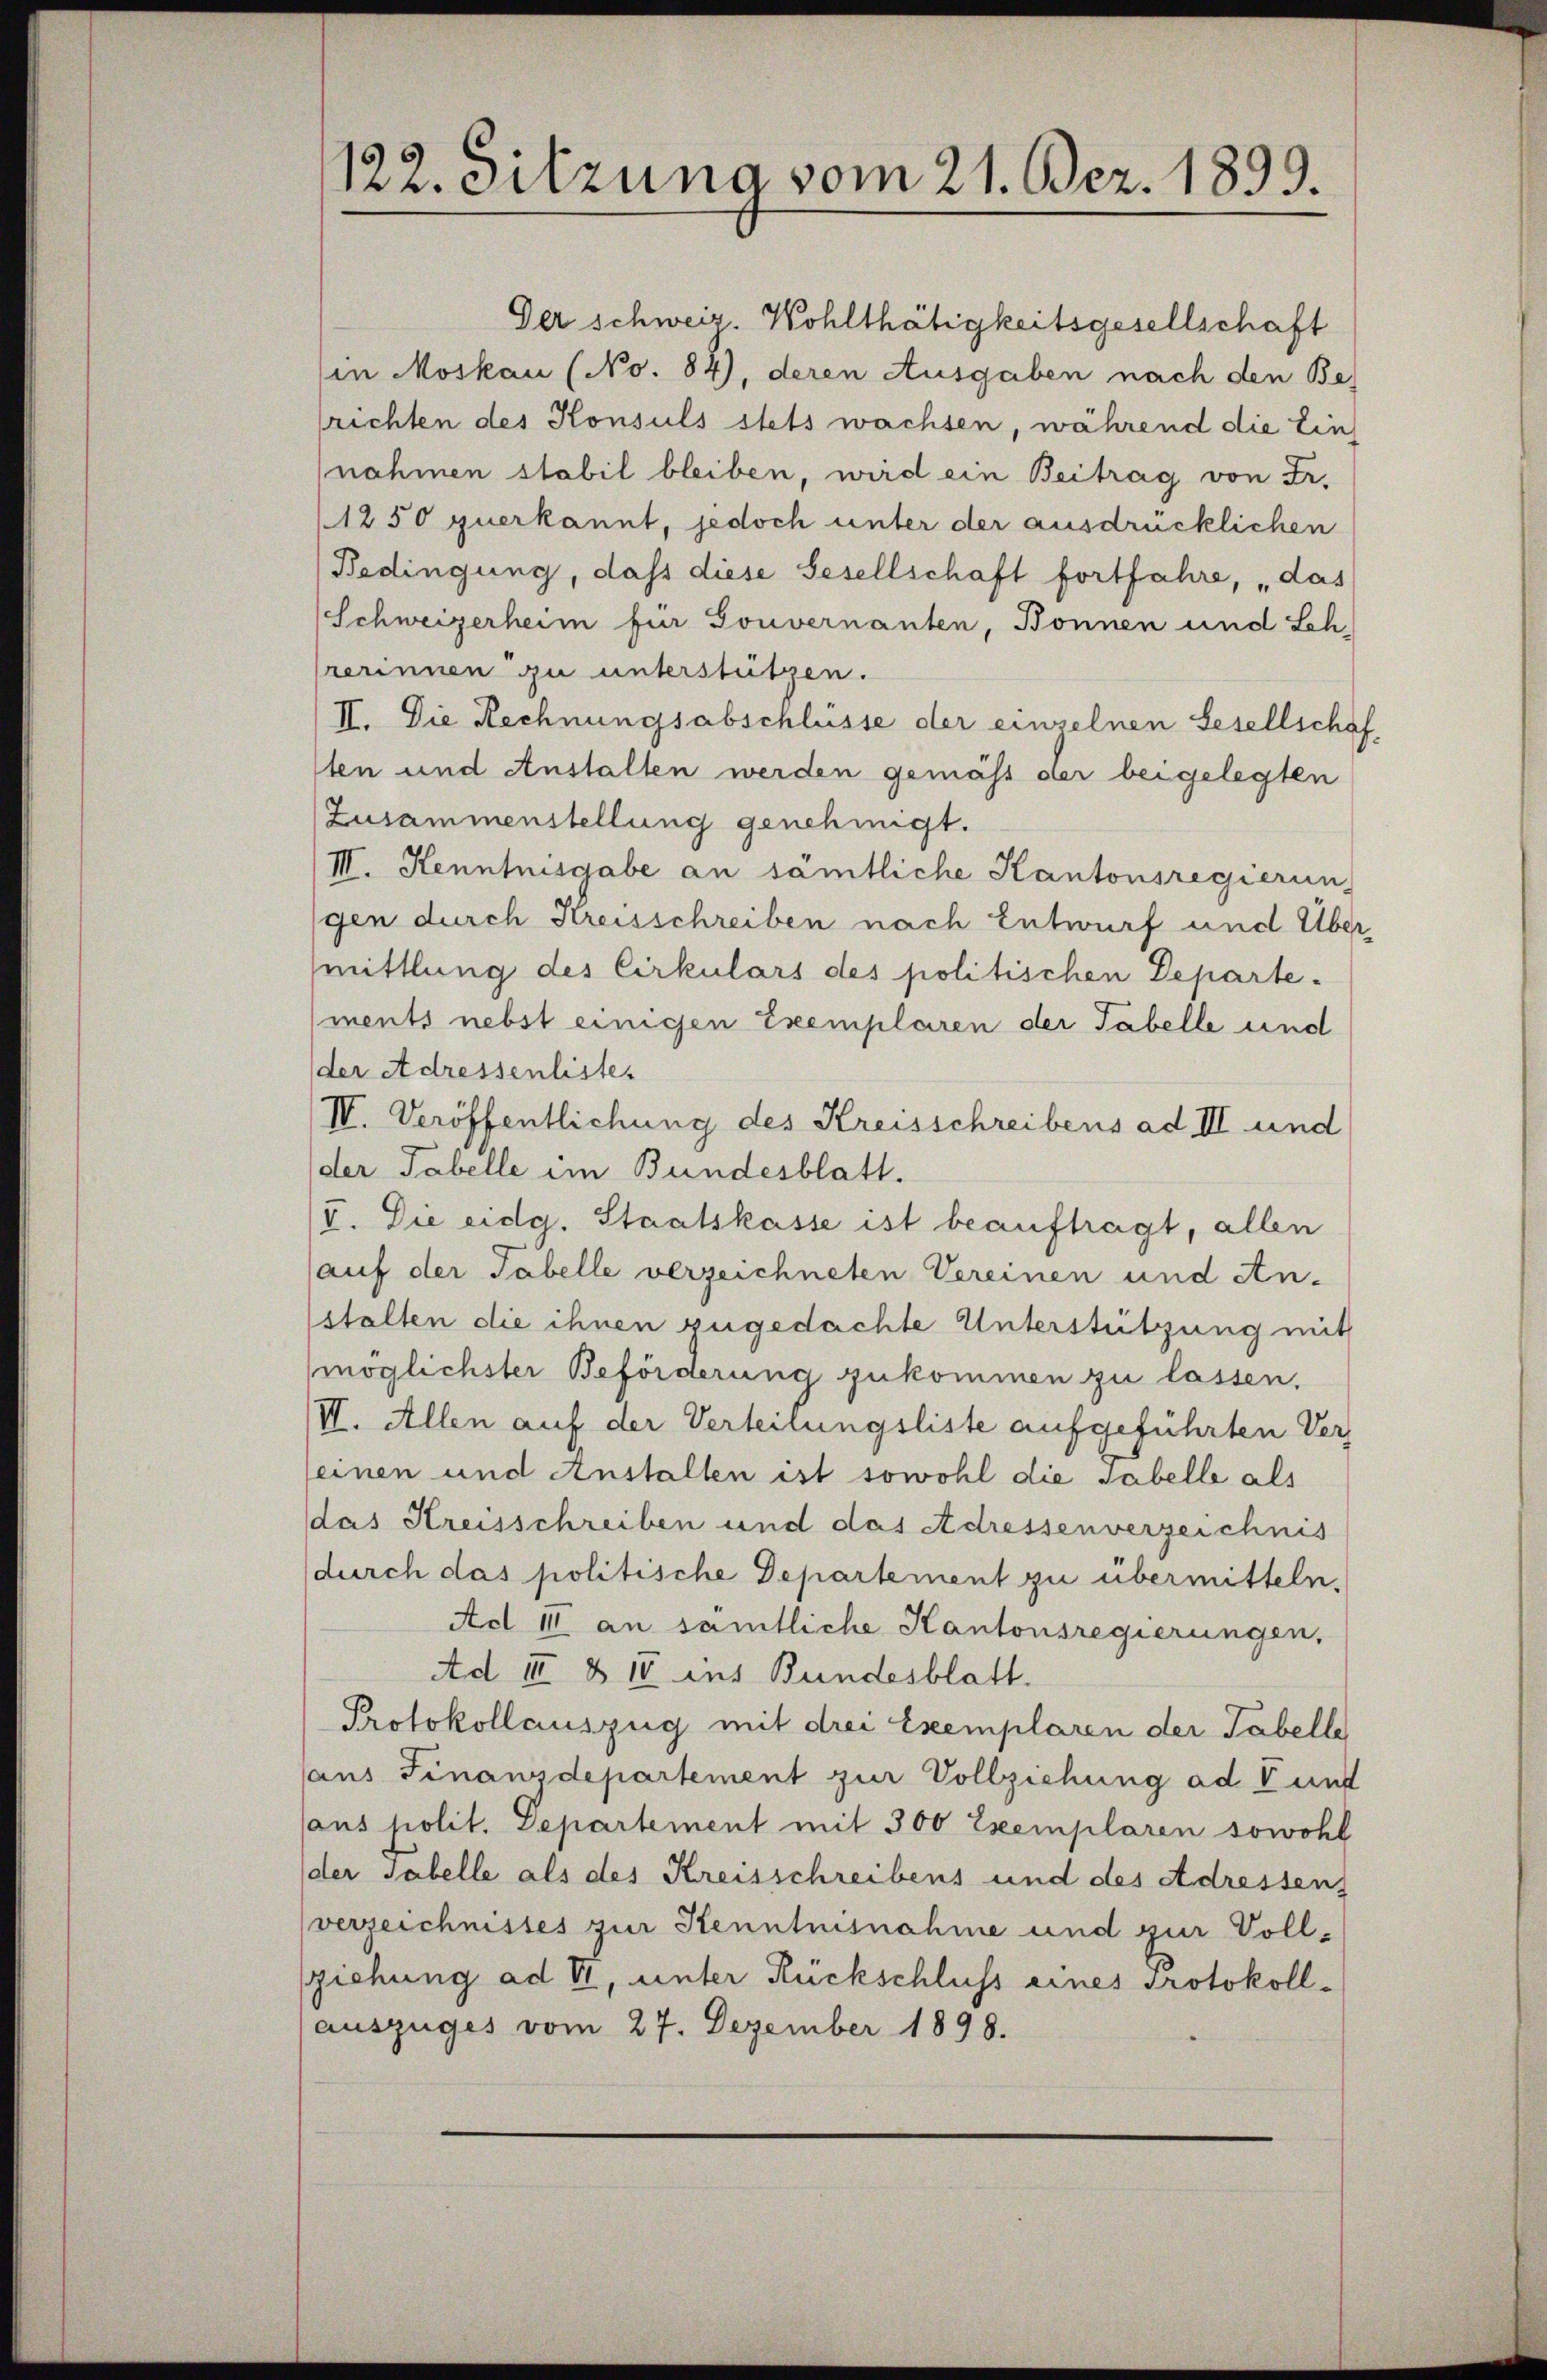
122. Sitzuna vom 21. Bez. 1899.

Der Schweiz. Wohlthätigkeitsgesellschaft
in Moskau (No. 84), deren Ausgaben nach den Be
lrichten des Konsuls stets wachsen, während die Einnahmen stabil bleiben, wird ein Beitrag von Fr.
1250 querkannt, jedoch unter der ausdrücklichen
Bedingung, dass diese Gesellschaft fortfahre, „das
Schweizerheim für Gouvernanten, Bonnen und Sch.
rerinnen zu unterstützen.
II. Die Rechnungsabschlüsse der einzelnen Gesellschaf
ten und Anstalten werden gemäß der beigelegten
Zusammenstellung genehmigt.
III. Henntnisgabe an sämtliche Kantonsregierung
gen durch Kreisschreiben nach Entwurf und Über-
mittlung des Cirkulars des politischen Departe.
ments nebst einigen Exemplaren der Tabelle und
der Adressenlistes
IV. Veröffentlichung des Kreisschreibens ad III und
der Tabelle im Bundesblatt.
V. Die eidg. Staatskasse ist beauftragt, allen
(auf der Tabelle verzeichneten Vereinen und An-
stalten die ihnen zugedachte Unterstützung mit
möglichster Beförderung zukommen zu lassen.
III. Allen auf der Verteilungsliste aufgeführten Ver-
seinen und Anstalten ist sowohl die Tabelle als
das Kreisschreiben und das Adressenverzeichnis
durch das politische Departement zu übermitteln.
Ad II an sämtliche Kantonsregierungen.
Ad III § II ins Bundesblatt.
Protokollauszug mit drei Exemplaren der Tabelle
aus Finanzdepartement zur Vollziehung ad V unt
aus polit. Departement mit 300 Exemplaren sowohl
der Tabelle als des Kreisschreibens und des Adressen,
verzeichnisses zur Kenntnisnahme und zur Vollziehung ad II, unter Rückschluss eines Protokollauszuges vom 27. Dezember 1898.